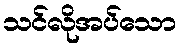
သင်လိုအပ်သော